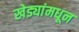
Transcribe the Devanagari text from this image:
खेड्यांमधून